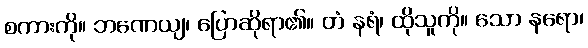
စကားကို။ ဘဏေယျ၊ ပြောဆိုရာ၏။ တံ နရံ၊ ထိုသူကို။ သော နရော၊